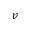
v